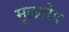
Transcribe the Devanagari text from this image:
मूलटोप